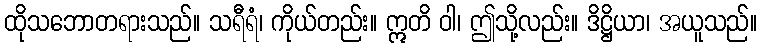
ထိုသဘောတရားသည်။ သရီရံ၊ ကိုယ်တည်း။ ဣတိ ဝါ၊ ဤသို့လည်း။ ဒိဋ္ဌိယာ၊ အယူသည်။